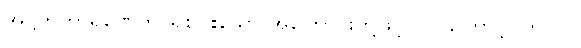
အဋ္ဌဟိကာရဏေဟိ၊ ရှစ်ပါးသော အကြောင်းတို့ဖြင့်။ ဝါ၊ ကြောင့်။ ဘဂဝါ၊